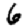
Digit: 6